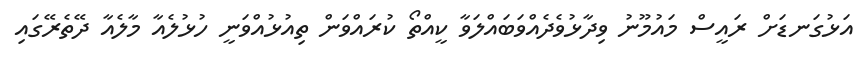
އަޅުގަނޑަށް ރައީސް މައުމޫނު ވިދާޅުވެދެއްވަބައްލަވާ ކީއްތޯ ކުރައްވަން ތިއުޅުއްވަނީ ހުޅުލެއާ މާލެއާ ދޭތެރޭގައި